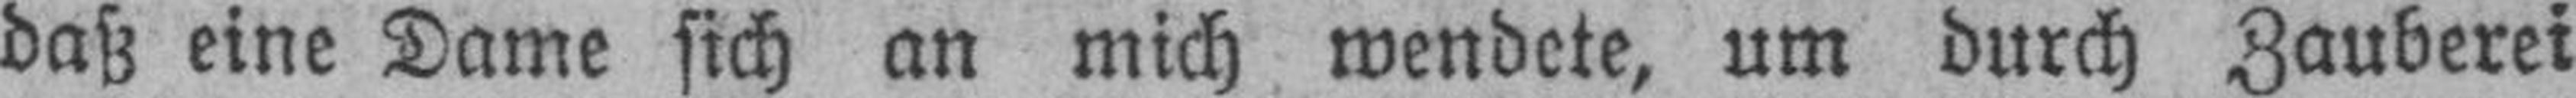
daß eine Dame sich an mich wendete, um durch Zauberei